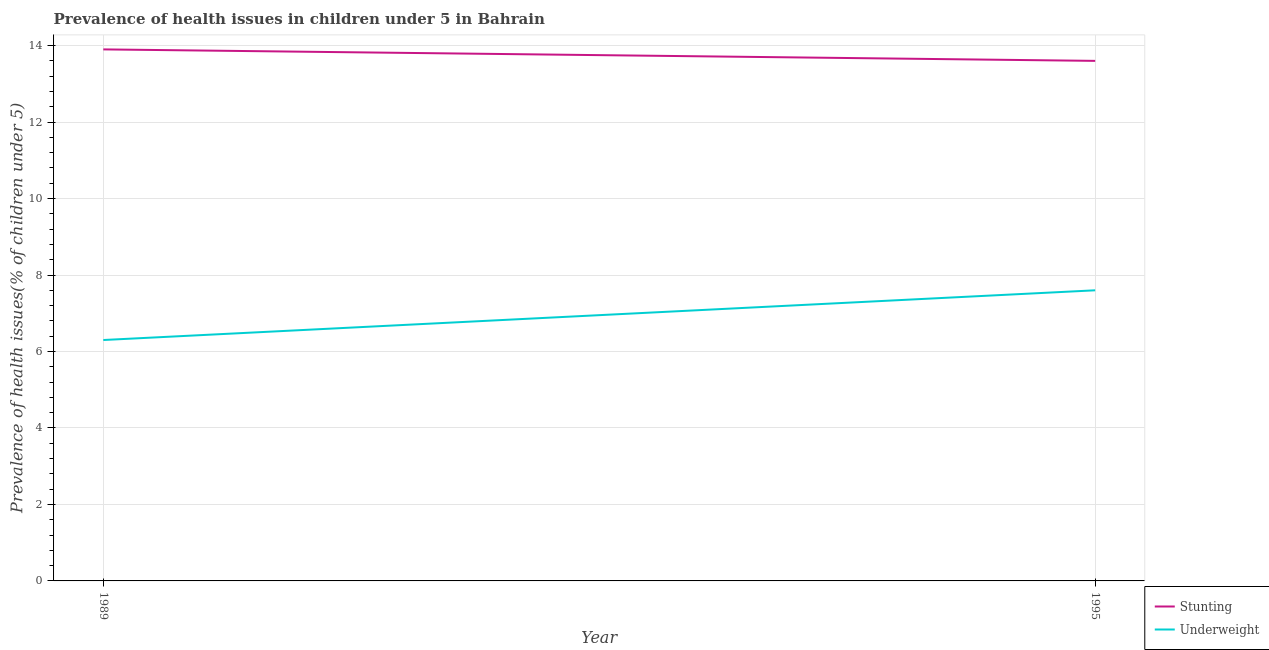
| Year | Stunting | Underweight |
 | --- | --- | --- |
 | 1989 | 13.9 | 6.3 |
 | 1995 | 13.6 | 7.6 |